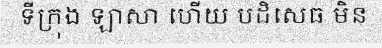
ទីក្រុង ឡាសា ហើយ បដិសេធ មិន